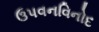
ઉપવનવિનોદ